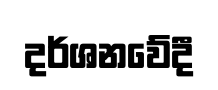
දර්ශනවේදී